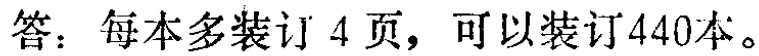
答：每本多装订4页，可以装订440本。